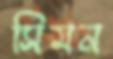
সিমন